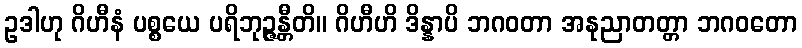
ဥဒါဟု ဂိဟီနံ ပစ္စယေ ပရိဘုဉ္ဇန္တီတိ။ ဂိဟီဟိ ဒိန္နာပိ ဘဂဝတာ အနုညာတတ္တာ ဘဂဝတော